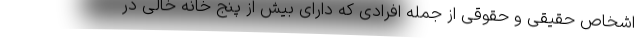
اشخاص حقیقی و حقوقی از جمله افرادی که دارای بیش از پنج خانه خالی در